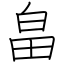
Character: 畠